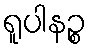
ရူပါနဉ္စ